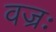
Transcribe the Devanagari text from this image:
वज्रः